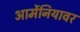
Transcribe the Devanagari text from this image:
आर्मेनियावर